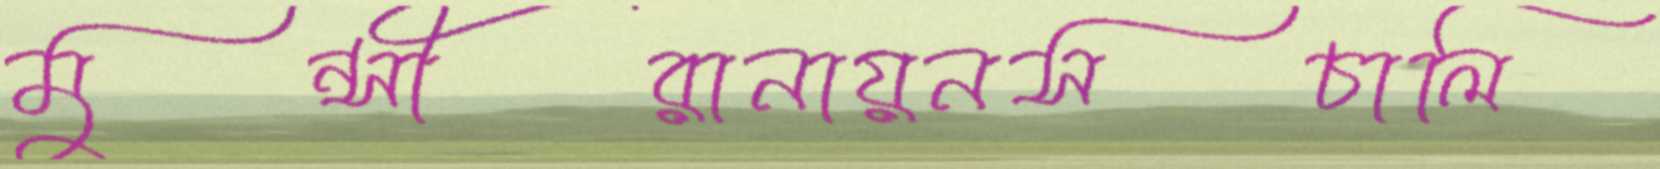
মুন্সীরানায়নসচালি